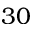
3 0